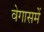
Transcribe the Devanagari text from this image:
वेगासमें